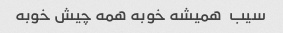
سیب  همیشه خوبه همه چیش خوبه